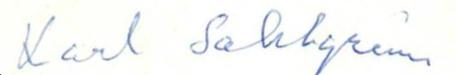
Karl Sahlgrén